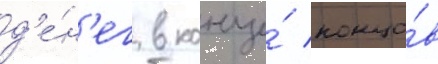
д'е́н'ег в конце́ концо́в